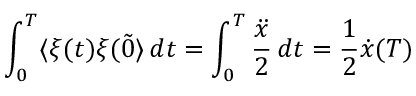
\int _ { 0 } ^ { T } \langle \xi ( t ) \xi ( \tilde { 0 } \rangle \, d t = \int _ { 0 } ^ { T } { \frac { \ddot { x } } { 2 } } \, d t = { \frac { 1 } { 2 } } \dot { x } ( T )